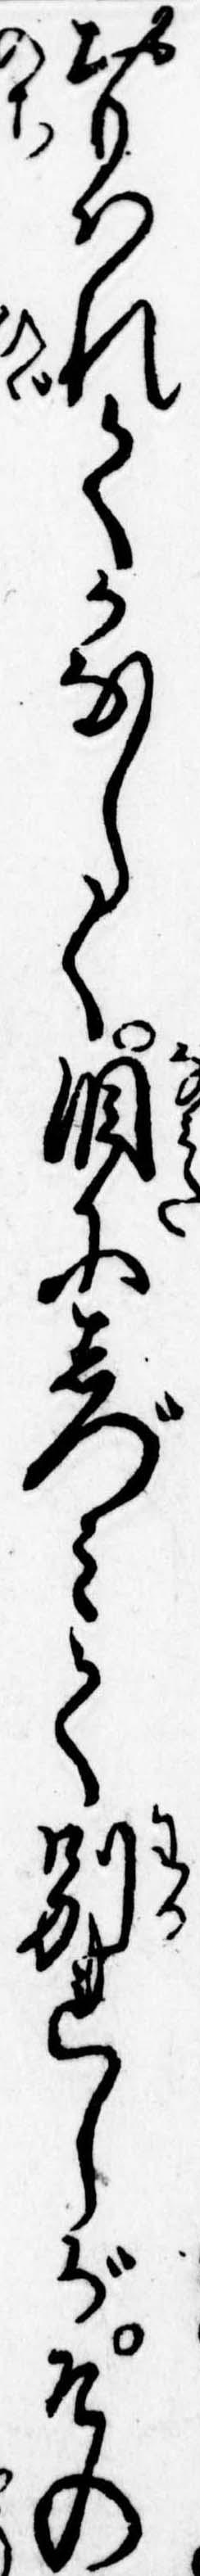
おもはれてかなしく涙にしづみて別れしがその